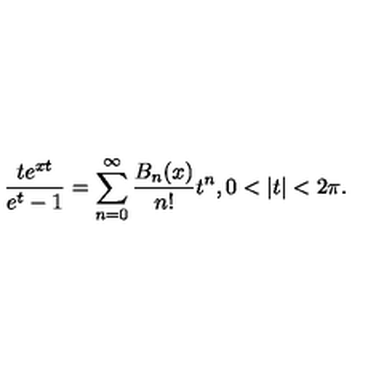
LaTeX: \frac { t e ^ { x t } } { e ^ { t } - 1 } = \sum _ { n = 0 } ^ { \infty } \frac { B _ { n } ( x ) } { n ! } t ^ { n } , 0 < | t | < 2 \pi .